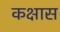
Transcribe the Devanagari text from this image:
कक्षास